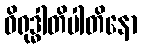
ဝိရုဒ္ဓါတိပါတိနော